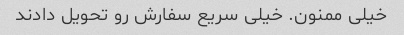
خیلی ممنون. خیلی سریع سفارش رو تحویل دادند